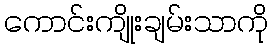
ကောင်းကျိုးချမ်းသာကို